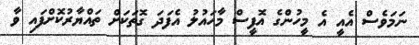
ނަމަވެސް އެއީ އެ މީހުންގެ އޮފީސް މާހައުލު އެފަދަ ގޮތަކަށް ތައްޔާރުކޮށްފައި ވާ